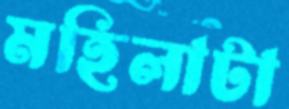
মহিলাটা